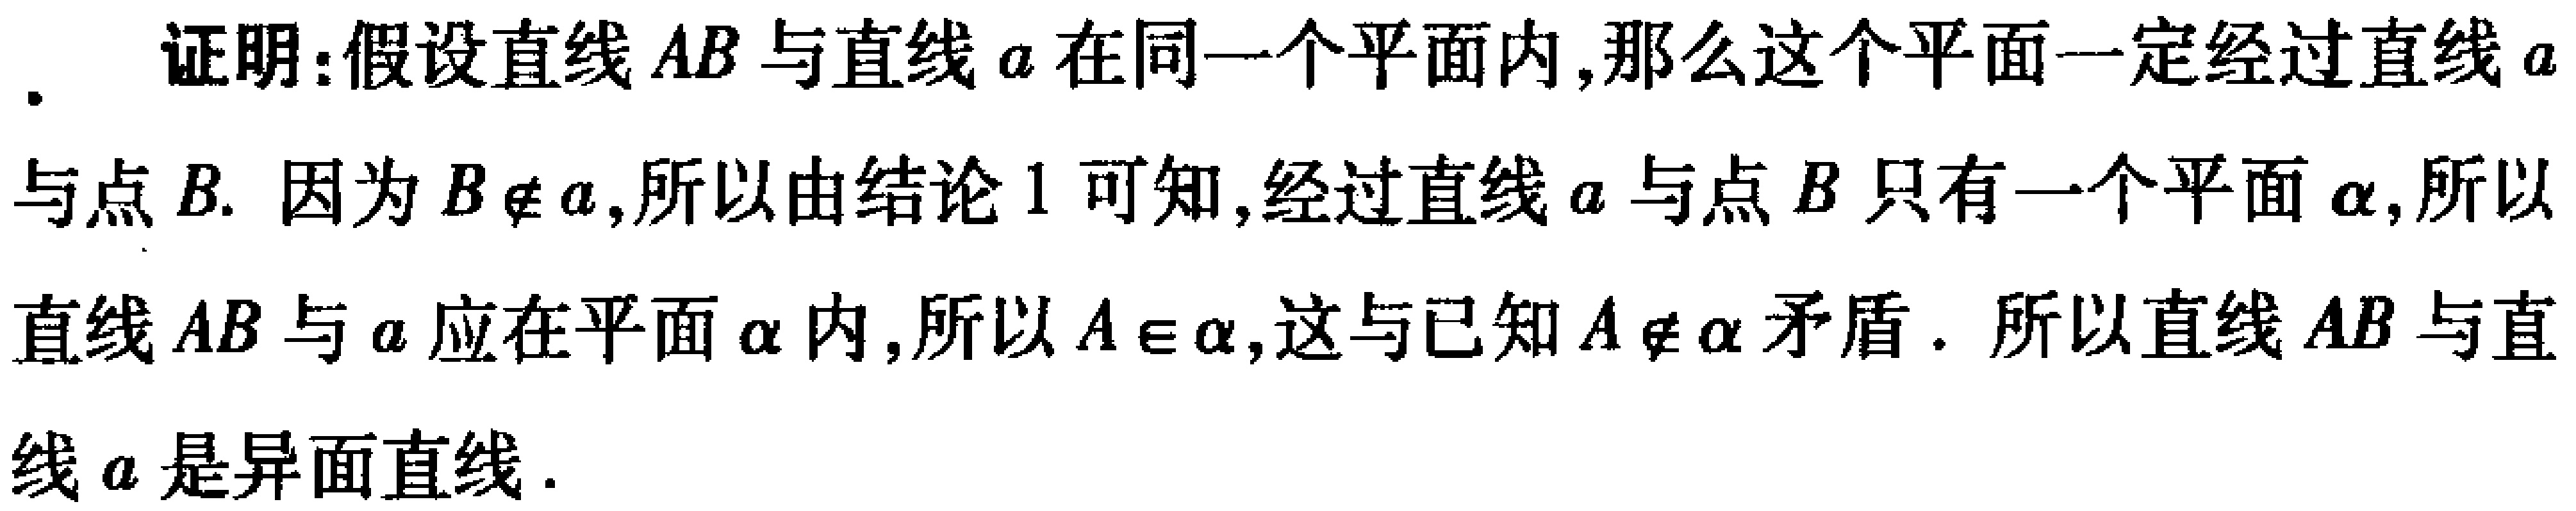
证明：假设直线\(AB\)与直线\(a\)在同一个平面内，那么这个平面一定经过直线\(a\)与点\(B\). 因为\(B\notin a\)，所以由结论\(1\)可知，经过直线\(a\)与点\(B\)只有一个平面\(\alpha\)，所以直线\(AB\)与\(a\)应在平面\(\alpha\)内，所以\(A\in\alpha\)，这与已知\(A\notin\alpha\)矛盾. 所以直线\(AB\)与直线\(a\)是异面直线.